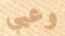
وعيي